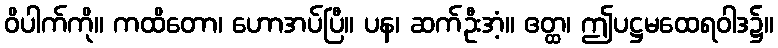
ဝိပါက်ကို။ ကထိတော၊ ဟောအပ်ပြီ။ ပန၊ ဆက်ဦးအံ့။ ဧတ္ထ၊ ဤပဋ္ဌမထေရဝါဒ၌။